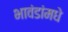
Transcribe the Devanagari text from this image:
भावंडांमधे